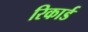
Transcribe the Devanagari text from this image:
रिकार्ड